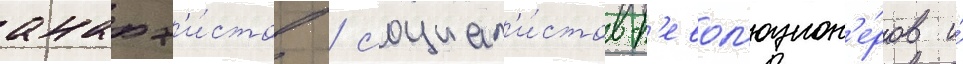
анарх'и́стов / социал'и́стов-р'евол'юцион'е́ров и́